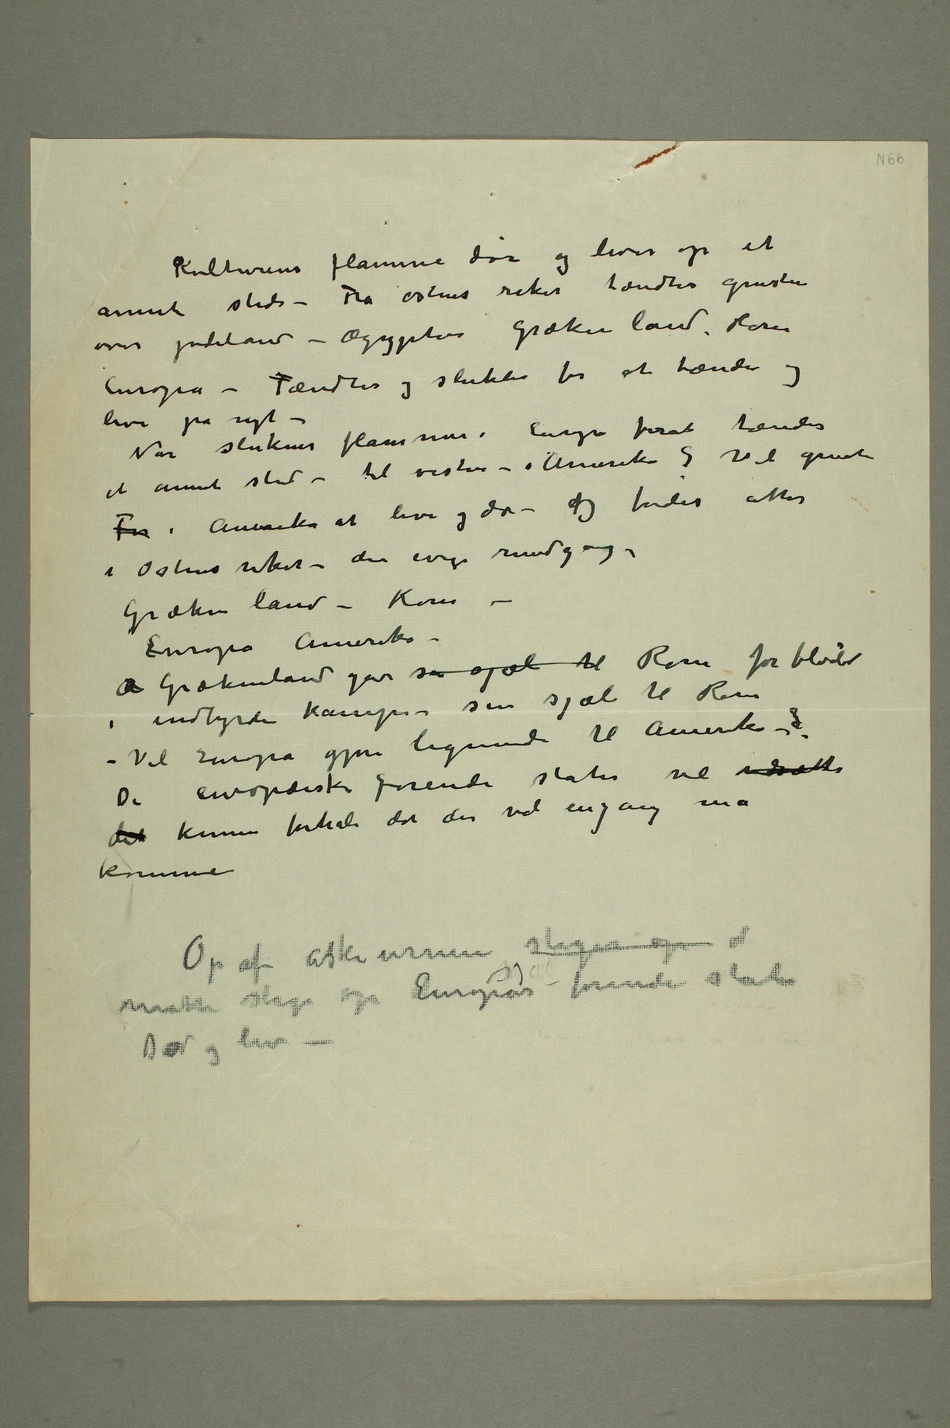
Kulturens flamme dør og lever op et
annet sted – Fra østens riker tændtes gnisten
over jødeland – Ægypten Grækenland, Rom
Europa – Tændtes og sluktes for at tændes og
leve på nyt –
Nar sluknes flammen i Europa forat tændes
et annet sted – til vesten – i Amerika? Vil gnisten
For i Amerika at leve og dø – og tændes atter
i østens riker – den evige rundgang –
Grækenland – Rom –
Europa Amerika –
A Grækenland gav sin sjæl til Rom forbløder
i inbyrdes kamper – sin sjæl til Rom –
– Vil Europa gjøre lignende til Amerika –?
De europæiske forenede stater vil udsætte
det kunne forhale det der vel engang må
komme
måtte stige op Europas sjæl – forenede stater
Død og liv –